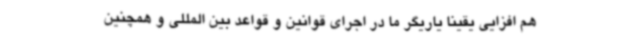
هم افزایی یقینا یاریگر ما در اجرای قوانین و قواعد بین المللی و همچنین